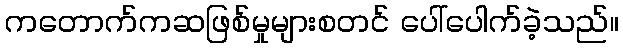
ကတောက်ကဆဖြစ်မှုများစတင် ပေါ်ပေါက်ခဲ့သည်။